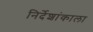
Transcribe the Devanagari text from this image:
निर्देशांकाला